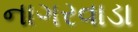
નાગરવાડા